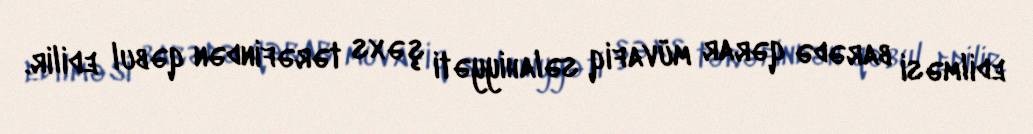
edilməsi barədə qərar müvafiq səlahiyyəti şəxs tərəfindən qəbul edilir.